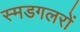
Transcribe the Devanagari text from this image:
स्मडगलरों